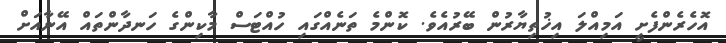
އޮހެރެންފެށީ އަމިއްލަ އިޚުތިޔާރުން ބޭރުއެވެ. ކޮންމެ ތަނެއްގައި ހުއްޓަސް މާކިންގެ ހަނދާންތައް އޭނާއަށް